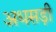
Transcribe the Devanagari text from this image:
अधसड़ी